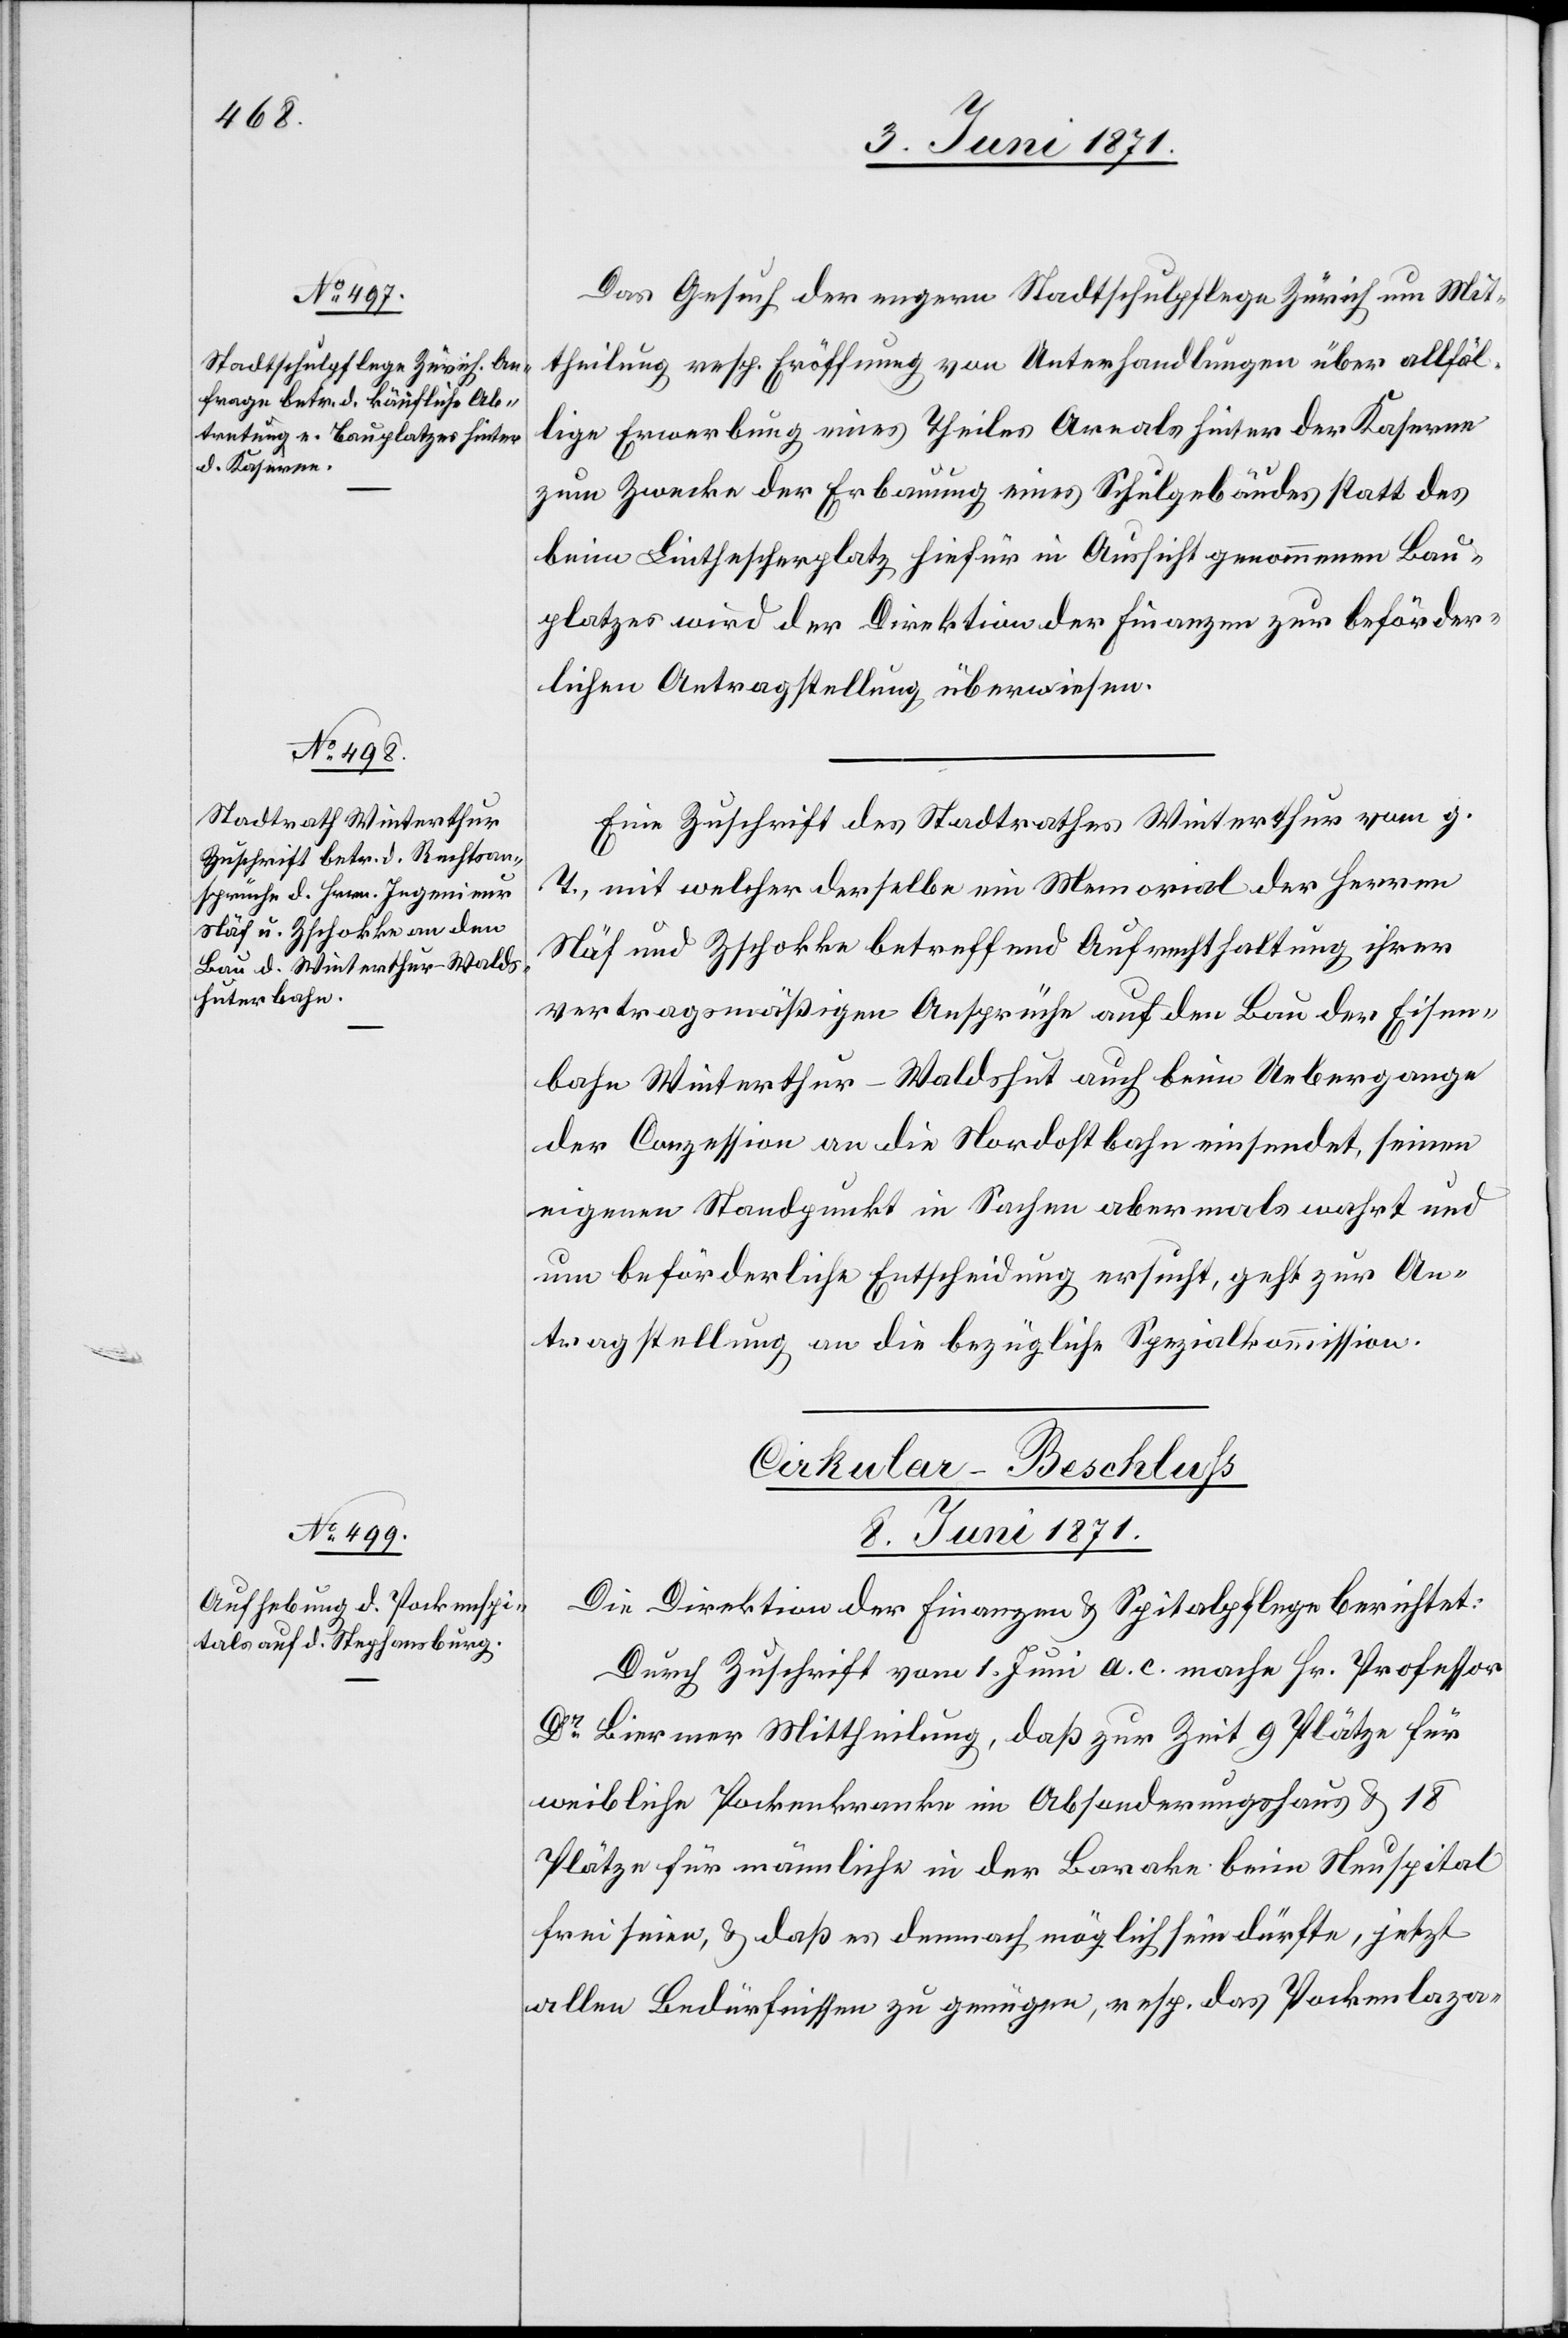
Das Gesuch der engern Stadtschulpflege Zürich um Mit¬
theilung resp. Eröffnung von Unterhandlungen über allfäl¬
lige Erwerbung eines Theiles Areals hinter der Kaserne
zum Zwecke der Erbauung eines Schulgebäudes statt des
beim Linthescherplatz hiefür in Aussicht genommenen Bau¬
platzes wird der Direktion der Finanzen zur beförder¬
lichen Antragstellung überwiesen.
Eine Zuschrift des Stadtrathes Winterthur vom g.
T., mit welcher derselbe ein Memorial der Herren
Näf und Zschokke betreffend Aufrechthaltung ihrer
vertragsmäßigen Ansprüche auf den Bau der Eisen¬
bahn Winterthur-Waldshut auch beim Uebergange
der Conzession an die Nordostbahn einsendet, seine
eigenen Standpunkte in Sachen abermals wahrt und
um beförderliche Entscheidung ersucht, geht zur An¬
tragstellung an die bezügliche Spezialkommission.
Cirkular-Beschluß
8. Juni 1871.
Die Direktion der Finanzen u. Spitalpflege berichtet:
Durch Zuschrift vom 1. Juni a. c. mache Hr. Professor
Dr. Biermer Mittheilung, daß zur Zeit 9 Plätze für
weibliche Pockenkranke im Absonderungshaus u. 18
Plätze für männliche in der Barake beim Neuspital
frei seien, u. daß es demnach möglich sein dürfte, jetzt
allen Bedürfnissen zu genügen, resp. das Pockenlaza-